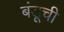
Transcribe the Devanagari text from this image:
बंडूची